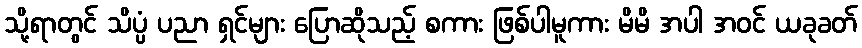
သို့ရာတွင် သိပ္ပံ ပညာ ရှင်များ ပြောဆိုသည့် စကား ဖြစ်ပါမူကား မိမိ အပါ အဝင် ယခုခတ်